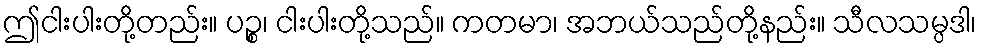
ဤငါးပါးတို့တည်း။ ပဉ္စ၊ ငါးပါးတို့သည်။ ကတမာ၊ အဘယ်သည်တို့နည်း။ သီလသမ္ပဒါ၊